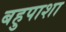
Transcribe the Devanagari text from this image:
बहुपाशा